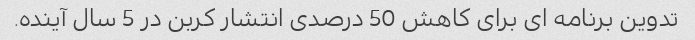
تدوین برنامه ای برای کاهش 50 درصدی انتشار کربن در 5 سال آینده.